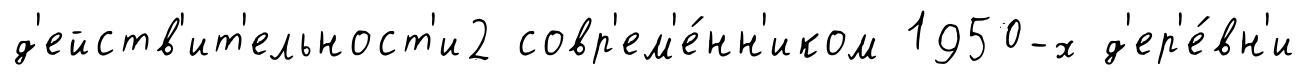
д'ейств'ит'ельност'и2 совр'ем'е́нн'иком 1950-х д'ер'е́вн'и